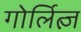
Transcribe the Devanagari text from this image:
गोर्लित्ज़